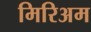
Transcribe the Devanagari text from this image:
मिरिअम